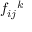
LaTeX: f _ { i j } { } ^ { k }